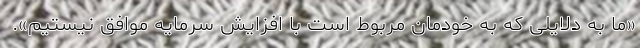
«ما به دلایلی که به خودمان مربوط است با افزایش سرمایه موافق نیستیم».